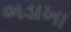
ભડાખા